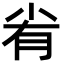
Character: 𡭮